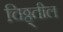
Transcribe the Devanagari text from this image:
चिठ्ठ्तील